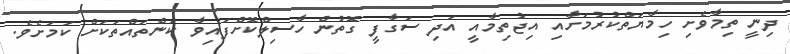
ދިނީ ތިމާވެށި ހިމާޔަތްކުރުމަށާއި އިޖުތިމާއީ އަދި ސަގާފީ ގޮތުން ހާސިލްކޮށްފައިވާ ކަންތައްތަކަށް ކަމަށެވެ.